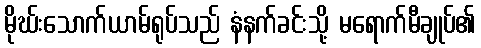
မိုဃ်းသောက်ယာမ်ရုပ်သည် နံနက်ခင်းသို့ မရောက်မီချုပ်၏